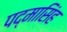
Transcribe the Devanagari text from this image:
पद्‌मासिंह